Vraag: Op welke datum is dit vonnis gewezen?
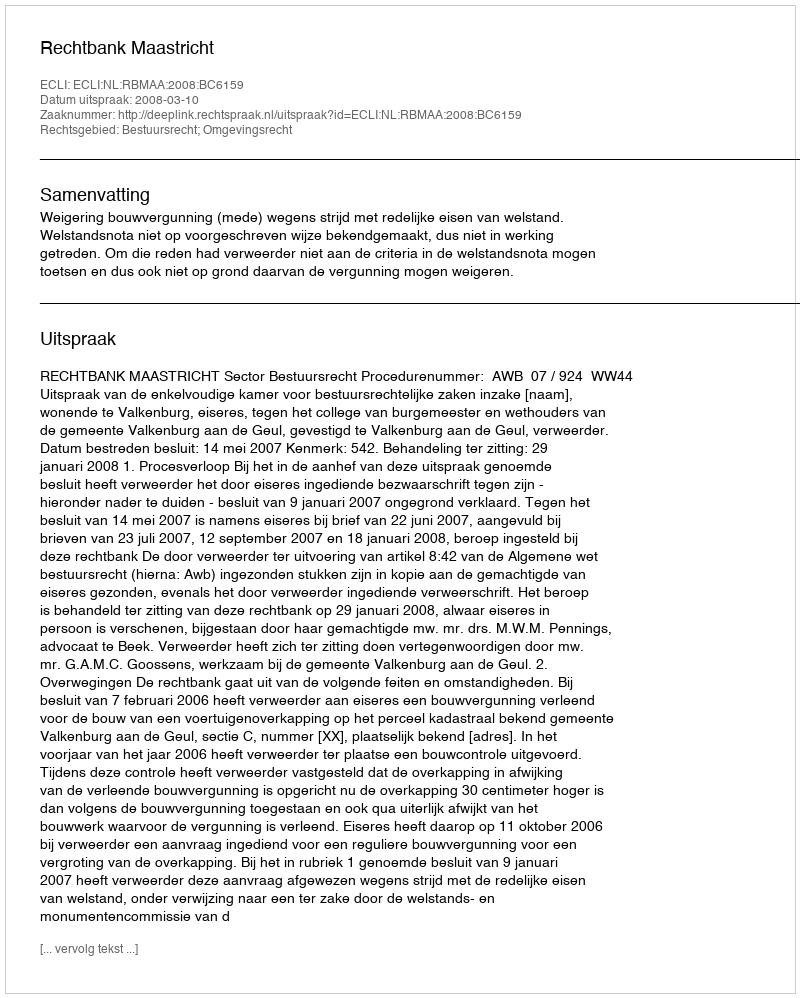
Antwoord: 2008-03-10